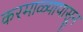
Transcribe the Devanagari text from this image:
करमाळ्यापासून